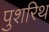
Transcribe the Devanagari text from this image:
पुशरिथ